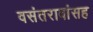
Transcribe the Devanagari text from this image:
वसंतरावांसह